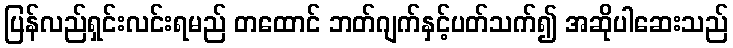
ပြန်လည်ရှင်းလင်းရမည် တထောင် ဘတ်ဂျက်နှင့်ပတ်သက်၍ အဆိုပါဆေးသည်